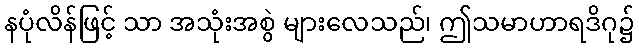
နပုံလိန်ဖြင့် သာ အသုံးအစွဲ များလေသည်၊ ဤသမာဟာရဒိဂု၌